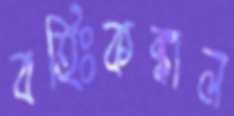
বহিঃকঙ্কাল